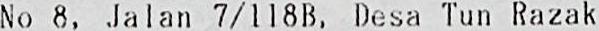
NO 8, JALAN 7/118B, DESA TUN RAZAK